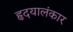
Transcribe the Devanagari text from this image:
हृदयालंकार